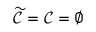
\widetilde { \mathcal { C } } = \mathcal { C } = \varnothing